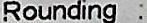
ROUNDING :